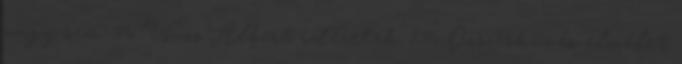
vagy sem. 16 Wass Albert idézetek 136 Összesküvés elmélet